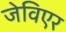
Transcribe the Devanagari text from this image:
जेविएर